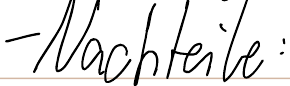
- Nachteile: